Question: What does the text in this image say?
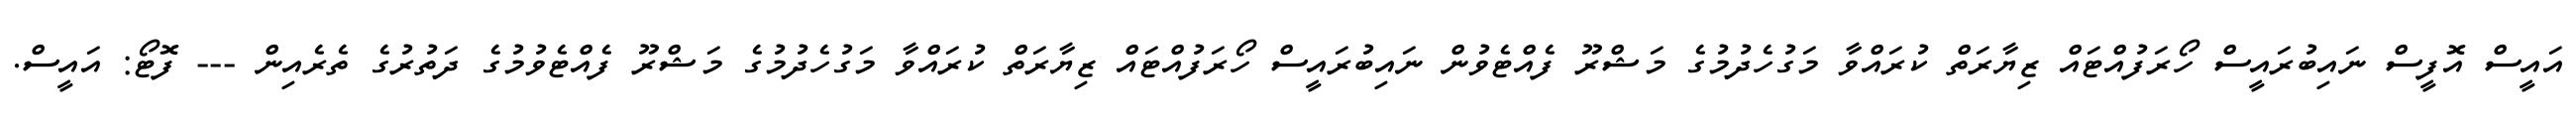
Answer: އައީސް އޮފީސް ނައިބުރައީސް ހޯރަފުއްޓައް ޒިޔާރަތް ކުރައްވާ މަގުހެދުމުގެ މަޝްރޫ ފެއްޓެވުން ނައިބުރައީސް ހޯރަފުއްޓައް ޒިޔާރަތް ކުރައްވާ މަގުހެދުމުގެ މަޝްރޫ ފެއްޓެވުމުގެ ދަތުރުގެ ތެރެއިން --- ފޮޓޯ: އައީސް.